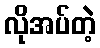
လိုအပ်တဲ့